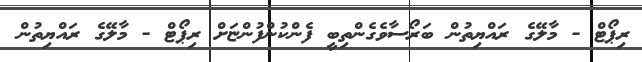
ރިޕޯޓް - މާލޭގެ ރައްޔިތުން ބަރޯސާވެގެންތިބީ ފެންކުންފުންޏަށް ރިޕޯޓް - މާލޭގެ ރައްޔިތުން